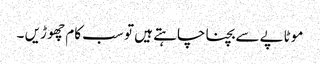
موٹاپے سے بچنا چاہتے ہیں تو سب کام چھو ڑیں ۔